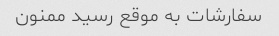
سفارشات به موقع رسید ممنون